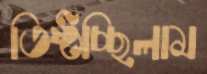
তিষ্ঠচ্ছিলাম